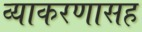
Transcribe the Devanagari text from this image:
व्याकरणासह